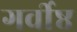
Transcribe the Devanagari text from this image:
गर्वीष्ठ